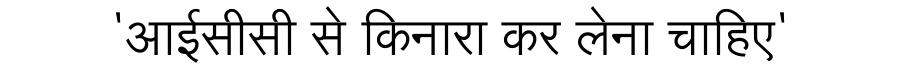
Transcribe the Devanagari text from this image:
'आईसीसी से किनारा कर लेना चाहिए'